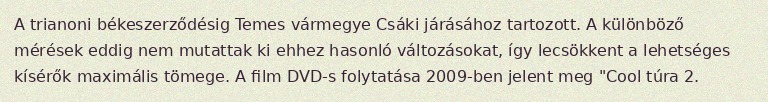
A trianoni békeszerződésig Temes vármegye Csáki járásához tartozott. A különböző mérések eddig nem mutattak ki ehhez hasonló változásokat, így lecsökkent a lehetséges kísérők maximális tömege. A film DVD-s folytatása 2009-ben jelent meg "Cool túra 2.